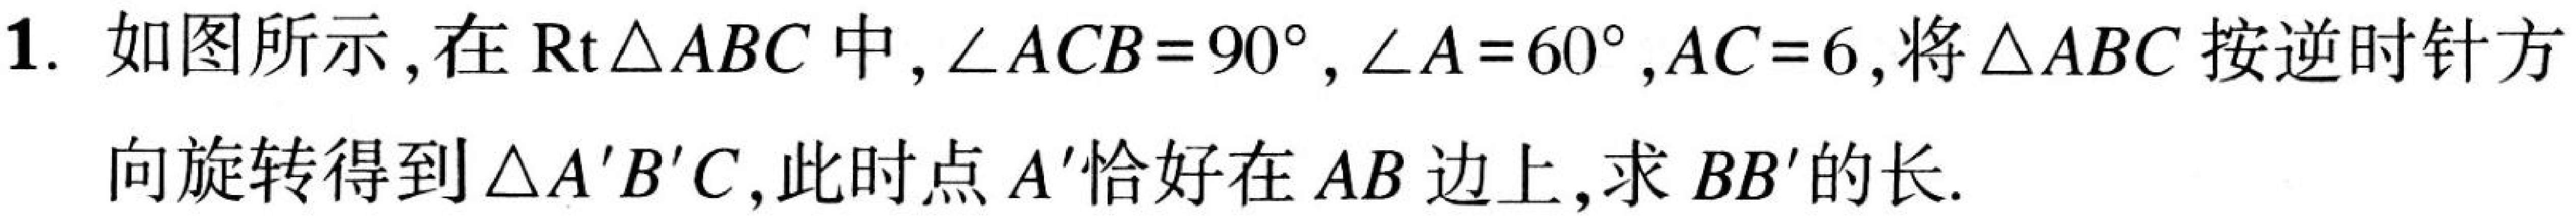
1. 如图所示，在\(\text{Rt}\triangle ABC\)中，\(\angle ACB = 90^{\circ}\)，\(\angle A = 60^{\circ}\)，\(AC = 6\)，将\(\triangle ABC\)按逆时针方向旋转得到\(\triangle A'B'C\)，此时点\(A'\)恰好在\(AB\)边上，求\(BB'\)的长.